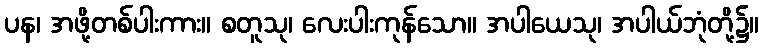
ပန၊ အဖို့တစ်ပါးကား။ စတူသု၊ လေးပါးကုန်သော။ အပါယေသု၊ အပါယ်ဘုံတို့၌။